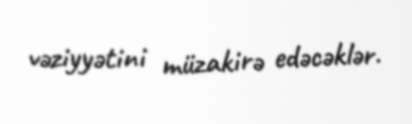
vəziyyətini müzakirə edəcəklər.